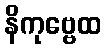
နိကုဗ္ဗေထ